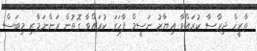
ތާރީޚް ދިރާސާ ކުރައްވާ އިޔާޒު ނަސީމް ފާހަގަ ކުރައްވާ ގޮތުން ރަންނަމާރި މިބަސް